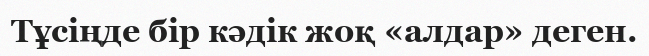
Тұсіңде бір кәдік жоқ «алдар» деген.